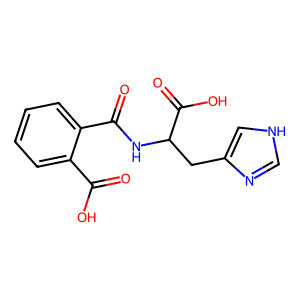
SMILES: O=C(O)c1ccccc1C(=O)NC(Cc1c[nH]cn1)C(=O)O
Inhibits HIV replication: No